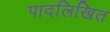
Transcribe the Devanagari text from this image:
पादलिखित